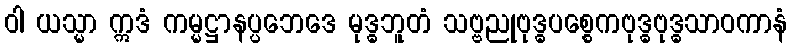
ဝါ ယသ္မာ ဣဒံ ကမ္မဋ္ဌာနပ္ပဘေဒေ မုဒ္ဓဘူတံ သဗ္ဗညုဗုဒ္ဓပစ္စေကဗုဒ္ဓဗုဒ္ဓသာဝကာနံ